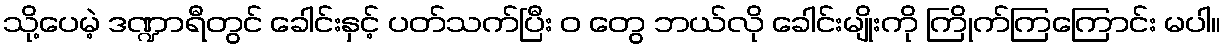
သို့ပေမဲ့ ဒဏ္ဍာရီတွင် ခေါင်းနှင့် ပတ်သက်ပြီး ဝ တွေ ဘယ်လို ခေါင်းမျိုးကို ကြိုက်ကြကြောင်း မပါ။